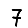
Digit: 7